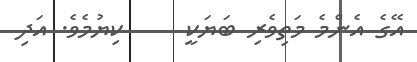
އޭގެ އެންމެ މަތިވެރި ބަޔަކީ     ކިޔުމެވެ. އަދި